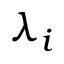
\lambda _ { i }